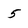
Character: 5